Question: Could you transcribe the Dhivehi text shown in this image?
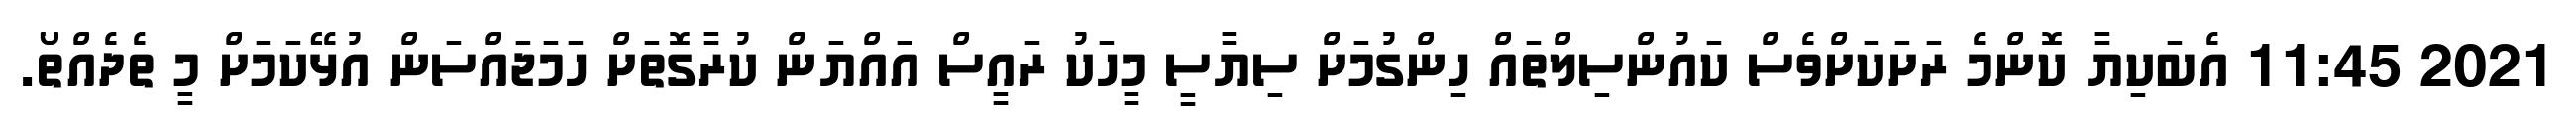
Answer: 2021 11:45 އެބަކިޔާ ކޮންމެ ރަށަކަށްވެސް ކައުންސިލްތައް ހިންގުމަށް ސިޔާސީ މީހަކު ރައީސް އައްޔަން ކުރާގޮތަށް ހަމަޖައްސަން އުޅޭކަމަށް މީ ތެދެއްތޯ.